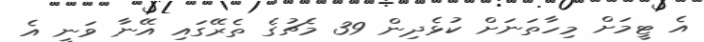
އެ ޓީމަށް މިހާތަނަށް ކުޅެދިން 39 މެޗުގެ ތެރޭގައި އޭނާ ވަނީ އެ